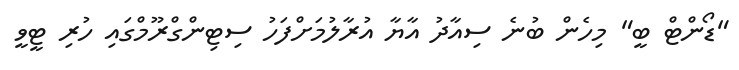
"ޑޯންޓް ބީ" މިހެން ބުނެ ސިއާދު އާޔާ އުރާލުމަށްފަހު ސިޓިންގްރޫމްގައި ހުރި ޓީވީ